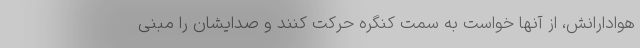
هوادارانش، از آنها خواست به سمت کنگره حرکت کنند و صدایشان را مبنی